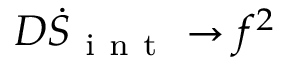
D \dot { S } _ { \mathrm { ~ i ~ n ~ t ~ } } \rightarrow f ^ { 2 }